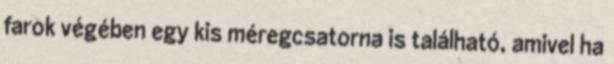
farok végében egy kis méregcsatorna is található, amivel ha